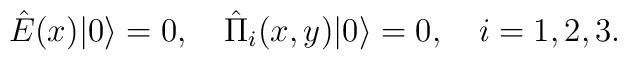
\hat{E}(x)|0\rangle=0,\quad \hat{\Pi}_i(x,y)|0\rangle=0, \quad i=1,2,3.